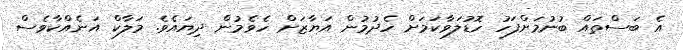
އެ ބަސްތައް ބުނުމަށްފަހު ހޮޑުލަވާކަމަށް ހެދުމުން އަޔާޒަށް ހެވެމުން ދިޔައެވެ. މަލާކް އަނެއްކާވެސް